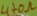
Text: 470Ω